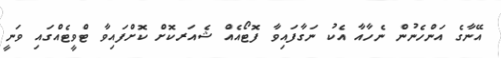
އޭނާގެ އަންހެނުން ނެހާއާ އެކު ނަގާފައިވާ ފޮޓޯއެއް ޝެއަރކޮށް ކޮށްފައިވާ ޓްވީޓެއްގައި ވަނީ